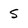
Character: s